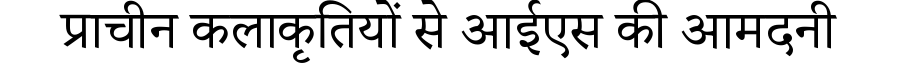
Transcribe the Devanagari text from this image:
प्राचीन कलाकृतियों से आईएस की आमदनी